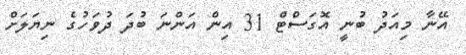
އޭނާ މިއަދު ބުނީ އޮގަސްޓް 31 އިން އަންނަ ބުދަ ދުވަހުގެ ނިޔަލަށް